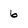
Character: 6